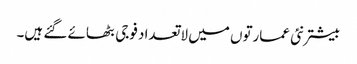
بیشتر نئی عمارتوں میں لاتعداد فوجی بٹھائے گئے ہیں۔